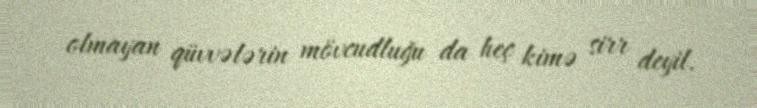
olmayan qüvvələrin mövcudluğu da heç kimə sirr deyil.